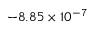
- 8 . 8 5 \times 1 0 ^ { - 7 }